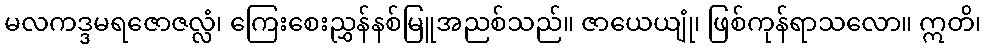
မလကဒ္ဒမရဇောဇလ္လံ၊ ကြေးစေးညွှန်နစ်မြူအညစ်သည်။ ဇာယေယျုံ၊ ဖြစ်ကုန်ရာသလော။ ဣတိ၊